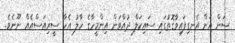
ސަން އަށް އެނގިފައިވާގޮތުގައި ސައިކަލް ދުއްވަން އިންމީހާގެ ހާލު އެހާ ސީރިއަސްއެއް ނޫނެވެ.